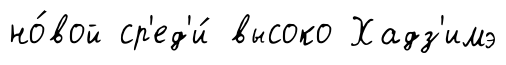
но́вой ср'ед'и́ высоко Хадз'имэ